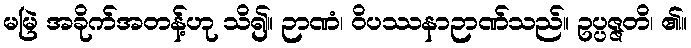
မမြဲ အခိုက်အတန့်ဟု သိ၍။ ဉာဏံ၊ ဝိပဿနာဉာဏ်သည်။ ဥပ္ပဇ္ဇတိ၊ ၏။